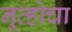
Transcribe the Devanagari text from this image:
नूव्होचा